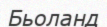
Бьоланд